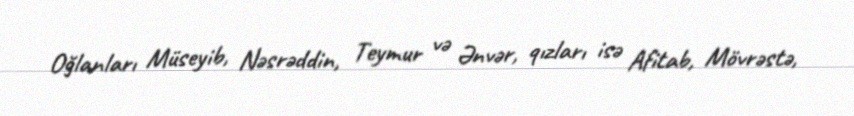
Oğlanları Müseyib, Nəsrəddin, Teymur və Ənvər, qızları isə Afitab, Mövrəstə,